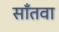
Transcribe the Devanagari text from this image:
साँतवा